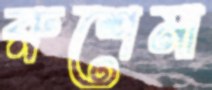
রুশেমা